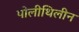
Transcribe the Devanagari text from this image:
पोलीथिलीन